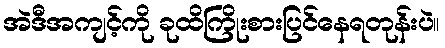
အဲဒီအကျင့်ကို ခုထိကြိုးစားပြင်နေရတုန်းပဲ။